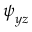
\boldsymbol { \psi } _ { y z }